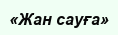
«Жан сауға»